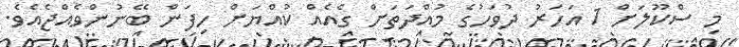
މި ސްކޫލަށް 1 އަހަރު ދުވަހުގެ މުއްދަތަށް ގެއެއް ކުއްޔަށް ހިފަން ބޭނުންވެއްޖެއެވެ.